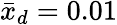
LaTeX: \bar{x}_{d}=0.01